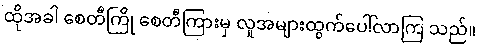
ထိုအခါ စေတီကြို စေတီကြားမှ လူအများထွက်ပေါ်လာကြ သည်။